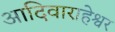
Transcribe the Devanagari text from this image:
आदिवाराहेश्वर